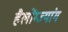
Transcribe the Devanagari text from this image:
हैलोंग्ज्यांग